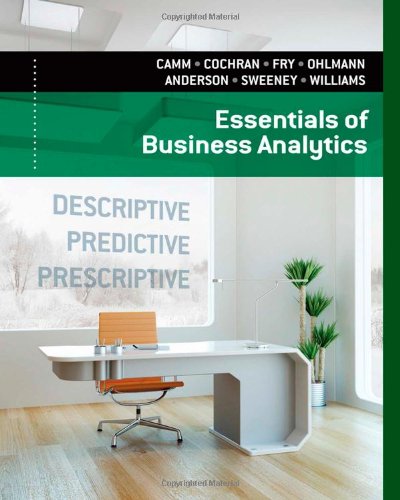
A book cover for Essentials of Business Analytics; Jeffrey D. Camm; Business & Money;